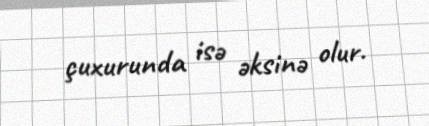
çuxurunda isə əksinə olur.